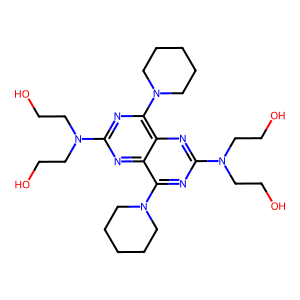
SMILES: OCCN(CCO)c1nc(N2CCCCC2)c2nc(N(CCO)CCO)nc(N3CCCCC3)c2n1
Inhibits HIV replication: No